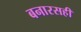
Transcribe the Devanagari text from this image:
बनारसही